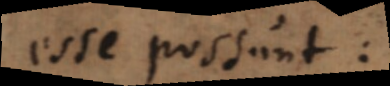
esse possunt: